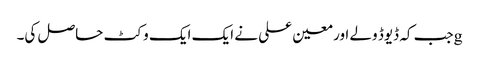
gجب کہ ڈیوڈ ولے اور معین علی نے ایک ایک وکٹ حاصل کی۔